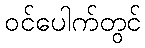
ဝင်ပေါက်တွင်